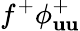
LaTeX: f^{+}\phi_{\mathbf{u}\mathbf{u}}^{+}